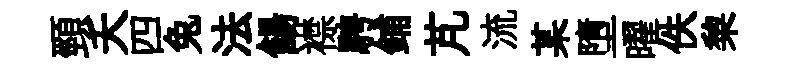
頸夭四兔法餳襟騁鋪芃流某墮曜佚棃